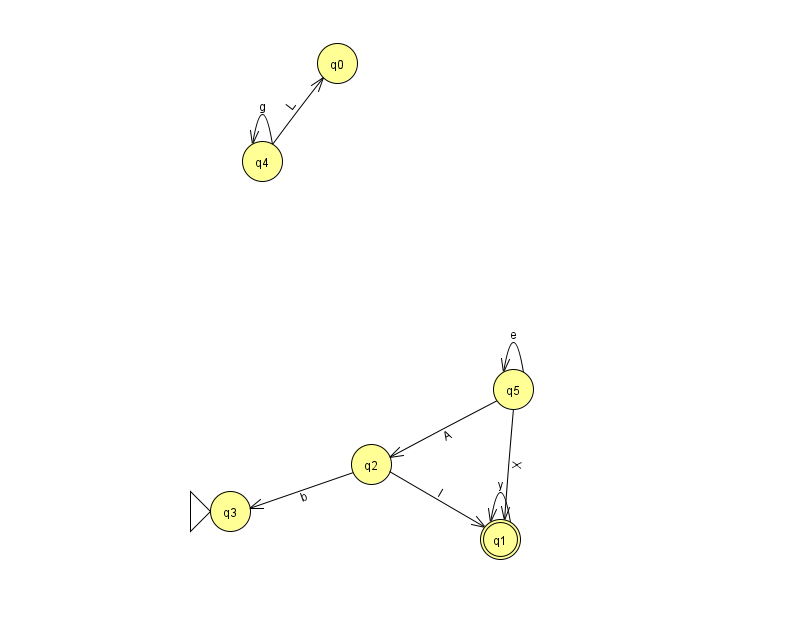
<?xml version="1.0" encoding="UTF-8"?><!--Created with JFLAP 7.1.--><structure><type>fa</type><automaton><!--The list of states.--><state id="0" name="q0"><x>337.0</x><y>50.0</y></state><state id="1" name="q1"><x>500.0</x><y>526.0</y><final/></state><state id="2" name="q2"><x>371.0</x><y>451.0</y></state><state id="3" name="q3"><x>230.0</x><y>498.0</y><initial/></state><state id="4" name="q4"><x>262.0</x><y>148.0</y></state><state id="5" name="q5"><x>513.0</x><y>376.0</y></state><!--The list of transitions.--><transition><from>2</from><to>3</to><read>b</read></transition><transition><from>2</from><to>1</to><read>l</read></transition><transition><from>5</from><to>5</to><read>e</read></transition><transition><from>4</from><to>0</to><read>L</read></transition><transition><from>5</from><to>1</to><read>X</read></transition><transition><from>4</from><to>4</to><read>g</read></transition><transition><from>5</from><to>2</to><read>A</read></transition><transition><from>1</from><to>1</to><read>y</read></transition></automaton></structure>